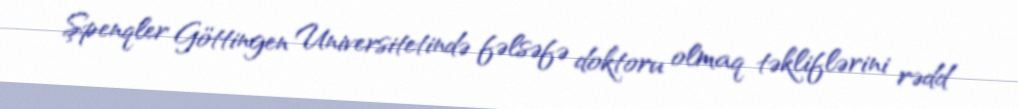
Şpenqler Göttingen Universitetində fəlsəfə doktoru olmaq təkliflərini rədd